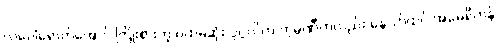
လပေါ်ရောက်အောင် ကြိုးစားတဲ့ ပထမဆုံး ပုဂ္ဂလိက ကုမ္ပဏီကလည်း နောက်ထပ် အမေရိကန်